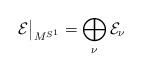
LaTeX: \begin{align*}\mathcal{E}\big|_{M^{S^1}}=\bigoplus_{\nu} \mathcal{E}_\nu\end{align*}